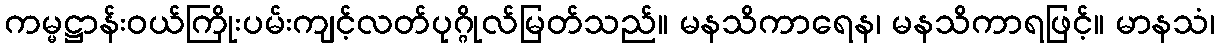
ကမ္မဋ္ဌာန်းဝယ်ကြိုးပမ်းကျင့်လတ်ပုဂ္ဂိုလ်မြတ်သည်။ မနသိကာရေန၊ မနသိကာရဖြင့်။ မာနသံ၊